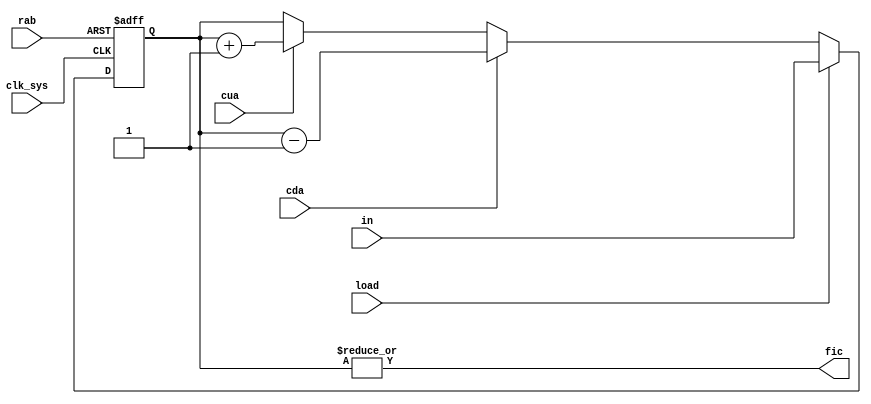
// This program was cloned from: https://github.com/jakubfi/mera400f
// License: GNU General Public License v2.0

/*
	AWP FIC register

	document: 12-006370-01-4A
	unit:     F-PM2-2
	pages:    2-20
*/

module fic(
	input clk_sys,
	input cda,
	input cua,
	input rab,
	input load,
	input [0:5] in,
	output fic
);

	reg [0:5] cnt;

	always @ (posedge clk_sys, posedge rab) begin
		if (rab) cnt <= 0;
		else if (load) cnt <= in;
		else if (cda) cnt <= cnt - 1'd1;
		else if (cua) cnt <= cnt + 1'd1;
	end

	assign fic = |cnt;

endmodule

// vim: tabstop=2 shiftwidth=2 autoindent noexpandtab